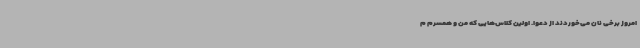
امروز برخی نان می‌خوردند از دعوا. اولین کلاس‌هایی که من و همسرم م